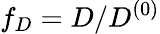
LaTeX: f_{D}=D/D^{(0)}